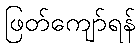
ဖြတ်ကျော်ရန်